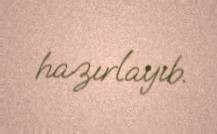
hazırlayıb.